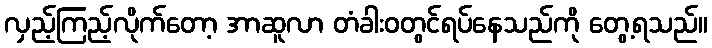
လှည့်ကြည့်လိုက်တော့ အာဆူလာ တံခါးဝတွင်ရပ်နေသည်ကို တွေ့ရသည်။